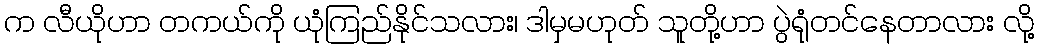
က လီယိုဟာ တကယ်ကို ယုံကြည်နိုင်သလား၊ ဒါမှမဟုတ် သူတို့ဟာ ပွဲရုံတင်နေတာလား လို့